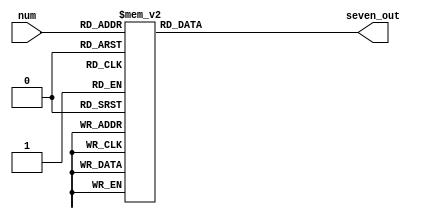
module SevenDisplay(num,seven_out);
input wire [3:0] num;
output reg [6:0] seven_out;


always@(*) begin
case(num)
		1:begin
			seven_out <= 7'b1111001;	
		end
		2:begin
			seven_out <= 7'b0100100;	
		end
        3:begin
			seven_out <= 7'b0110000;	
		end
        4:begin
			seven_out <= 7'b0011001;	
		end
        5:begin
			seven_out <= 7'b0010010;	
		end
        6:begin
			seven_out <= 7'b0000010;	
		end
		7:begin
			seven_out <= 7'b1111000;	
		end
        8:begin
			seven_out <= 7'b0000000;	
		end
		9:begin
			seven_out <= 7'b0010000;	
		end
        10:begin
			seven_out <= 7'b0001000;	
		end
		11:begin
			seven_out <= 7'b0000011;	
		end
        12:begin
			seven_out <= 7'b1000110;	
		end
		13:begin
			seven_out <= 7'b0100001;	
		end
        14:begin
			seven_out <= 7'b0000110;	
		end
		15:begin
			seven_out <= 7'b0001110;	
		end
		default: begin
			seven_out <= 7'b1000000;
		end
	endcase
end
endmodule